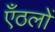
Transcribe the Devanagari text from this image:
एँठलों